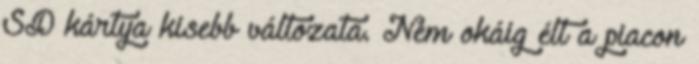
SD kártya kisebb változata. Nem okáig élt a piacon